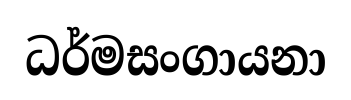
ධර්මසංගායනා